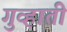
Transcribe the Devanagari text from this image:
गुव्हाती